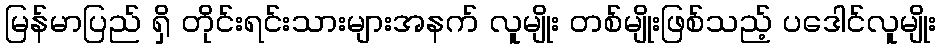
မြန်မာပြည် ရှိ တိုင်းရင်းသားများအနက် လူမျိုး တစ်မျိုးဖြစ်သည့် ပဒေါင်လူမျိုး